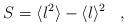
LaTeX: \begin{align*}S = \langle l^2\rangle - \langle l \rangle^2\,\,\,\,\,,\,\,\,\,\,\end{align*}